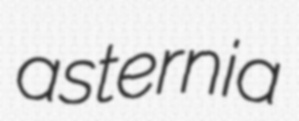
asternia